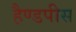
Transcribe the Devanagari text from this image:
हैण्डपीस